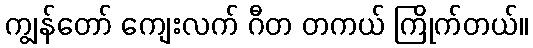
ကျွန်တော် ကျေးလက် ဂီတ တကယ် ကြိုက်တယ်။